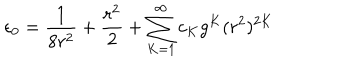
\epsilon _ { 0 } = \frac { 1 } { 8 r ^ { 2 } } + \frac { r ^ { 2 } } { 2 } + \sum _ { K = 1 } ^ { \infty } c _ { K } g ^ { K } ( r ^ { 2 } ) ^ { 2 K }